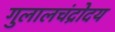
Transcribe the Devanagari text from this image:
गुलालचंद्रोदय